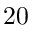
2 0